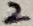
Text: 2